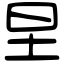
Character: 圼